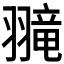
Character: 𫅮